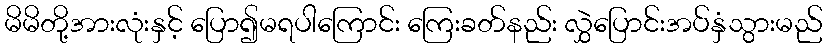
မိမိတို့အားလုံးနှင့် ပြော၍မရပါကြောင်း ကြေးခတ်နည်း လွှဲပြောင်းအပ်နှံသွားမည်